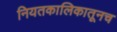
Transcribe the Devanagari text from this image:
नियतकालिकातूनच